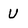
Character: U